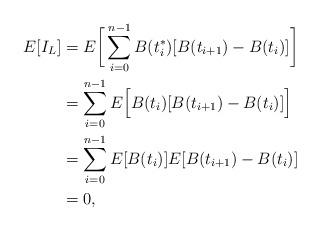
LaTeX: \begin{align*}E[I_L] & = E \bigg[ \displaystyle \sum \limits_{i = 0}^{n-1} B(t^{*} _i)[B(t_{i + 1}) - B(t_{i})] \bigg]\\& = \displaystyle \sum \limits_{i = 0}^{n-1} E \Big[ B(t_i)[B(t_{i + 1}) - B(t_{i})] \Big]\\& = \displaystyle \sum \limits_{i = 0}^{n-1} E[B(t_i)] E[B(t_{i + 1}) - B(t_{i})]\\& = 0,\end{align*}